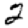
Digit: 2